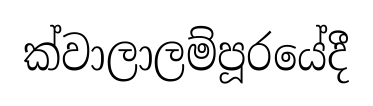
ක්වාලාලම්පූරයේදී